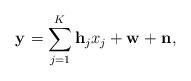
LaTeX: \begin{align*}\mathbf{y}_{}&=\sum_{j=1}^{K}\mathbf{h}_{j}x_j+\mathbf{w}_{}+\mathbf{n}_{},\end{align*}